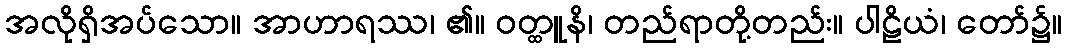
အလိုရှိအပ်သော။ အာဟာရဿ၊ ၏။ ဝတ္ထူနိ၊ တည်ရာတို့တည်း။ ပါဠိယံ၊ တော်၌။